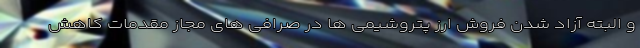
و البته آزاد شدن فروش ارز پتروشیمی ها در صرافی های مجاز مقدمات کاهش